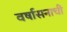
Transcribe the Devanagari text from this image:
वर्षासनाची